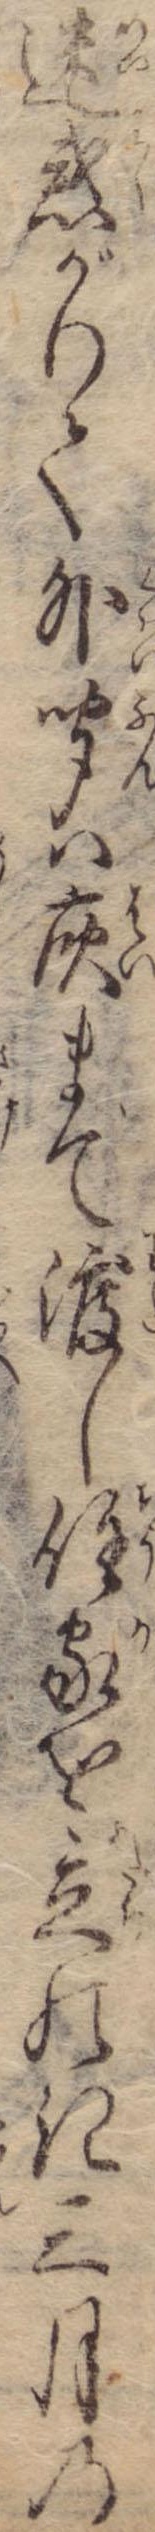
迷惑がりて外聞は灰まで渡し住家を立のき三月の